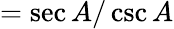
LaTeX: ={\sec A/\csc A}